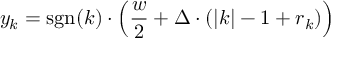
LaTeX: y _ { k } = \operatorname { s g n } ( k ) \cdot \left( { \frac { w } { 2 } } + \Delta \cdot ( | k | - 1 + r _ { k } ) \right)